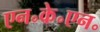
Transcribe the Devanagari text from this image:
एन॰के॰एन॰